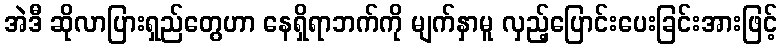
အဲဒီ ဆိုလာပြားရှည်တွေဟာ နေရှိရာဘက်ကို မျက်နှာမူ လှည့်ပြောင်းပေးခြင်းအားဖြင့်